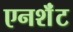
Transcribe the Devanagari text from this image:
एनशॅंट